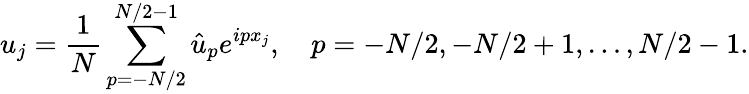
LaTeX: {u}_{j}=\frac{1}{N}\sum_{p=-N/2}^{N/2-1}\hat{u}_{p}e^{ipx_{j}},\quad p=-N/2,-N/2+1,\dots,N/2-1.